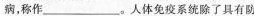
病，称作___。人体免疫系统除了具有防